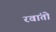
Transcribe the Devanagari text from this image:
रवांतो